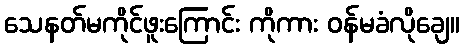
သေနတ်မကိုင်ဖူးကြောင်း ကိုကား ဝန်မခံလိုချေ။